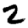
Digit: 2